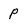
Character: p